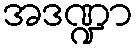
အဒဏ္ဍာ